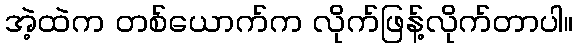
အဲ့ထဲက တစ်ယောက်က လိုက်ဖြန့်လိုက်တာပါ။